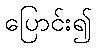
ပြောင်း၍